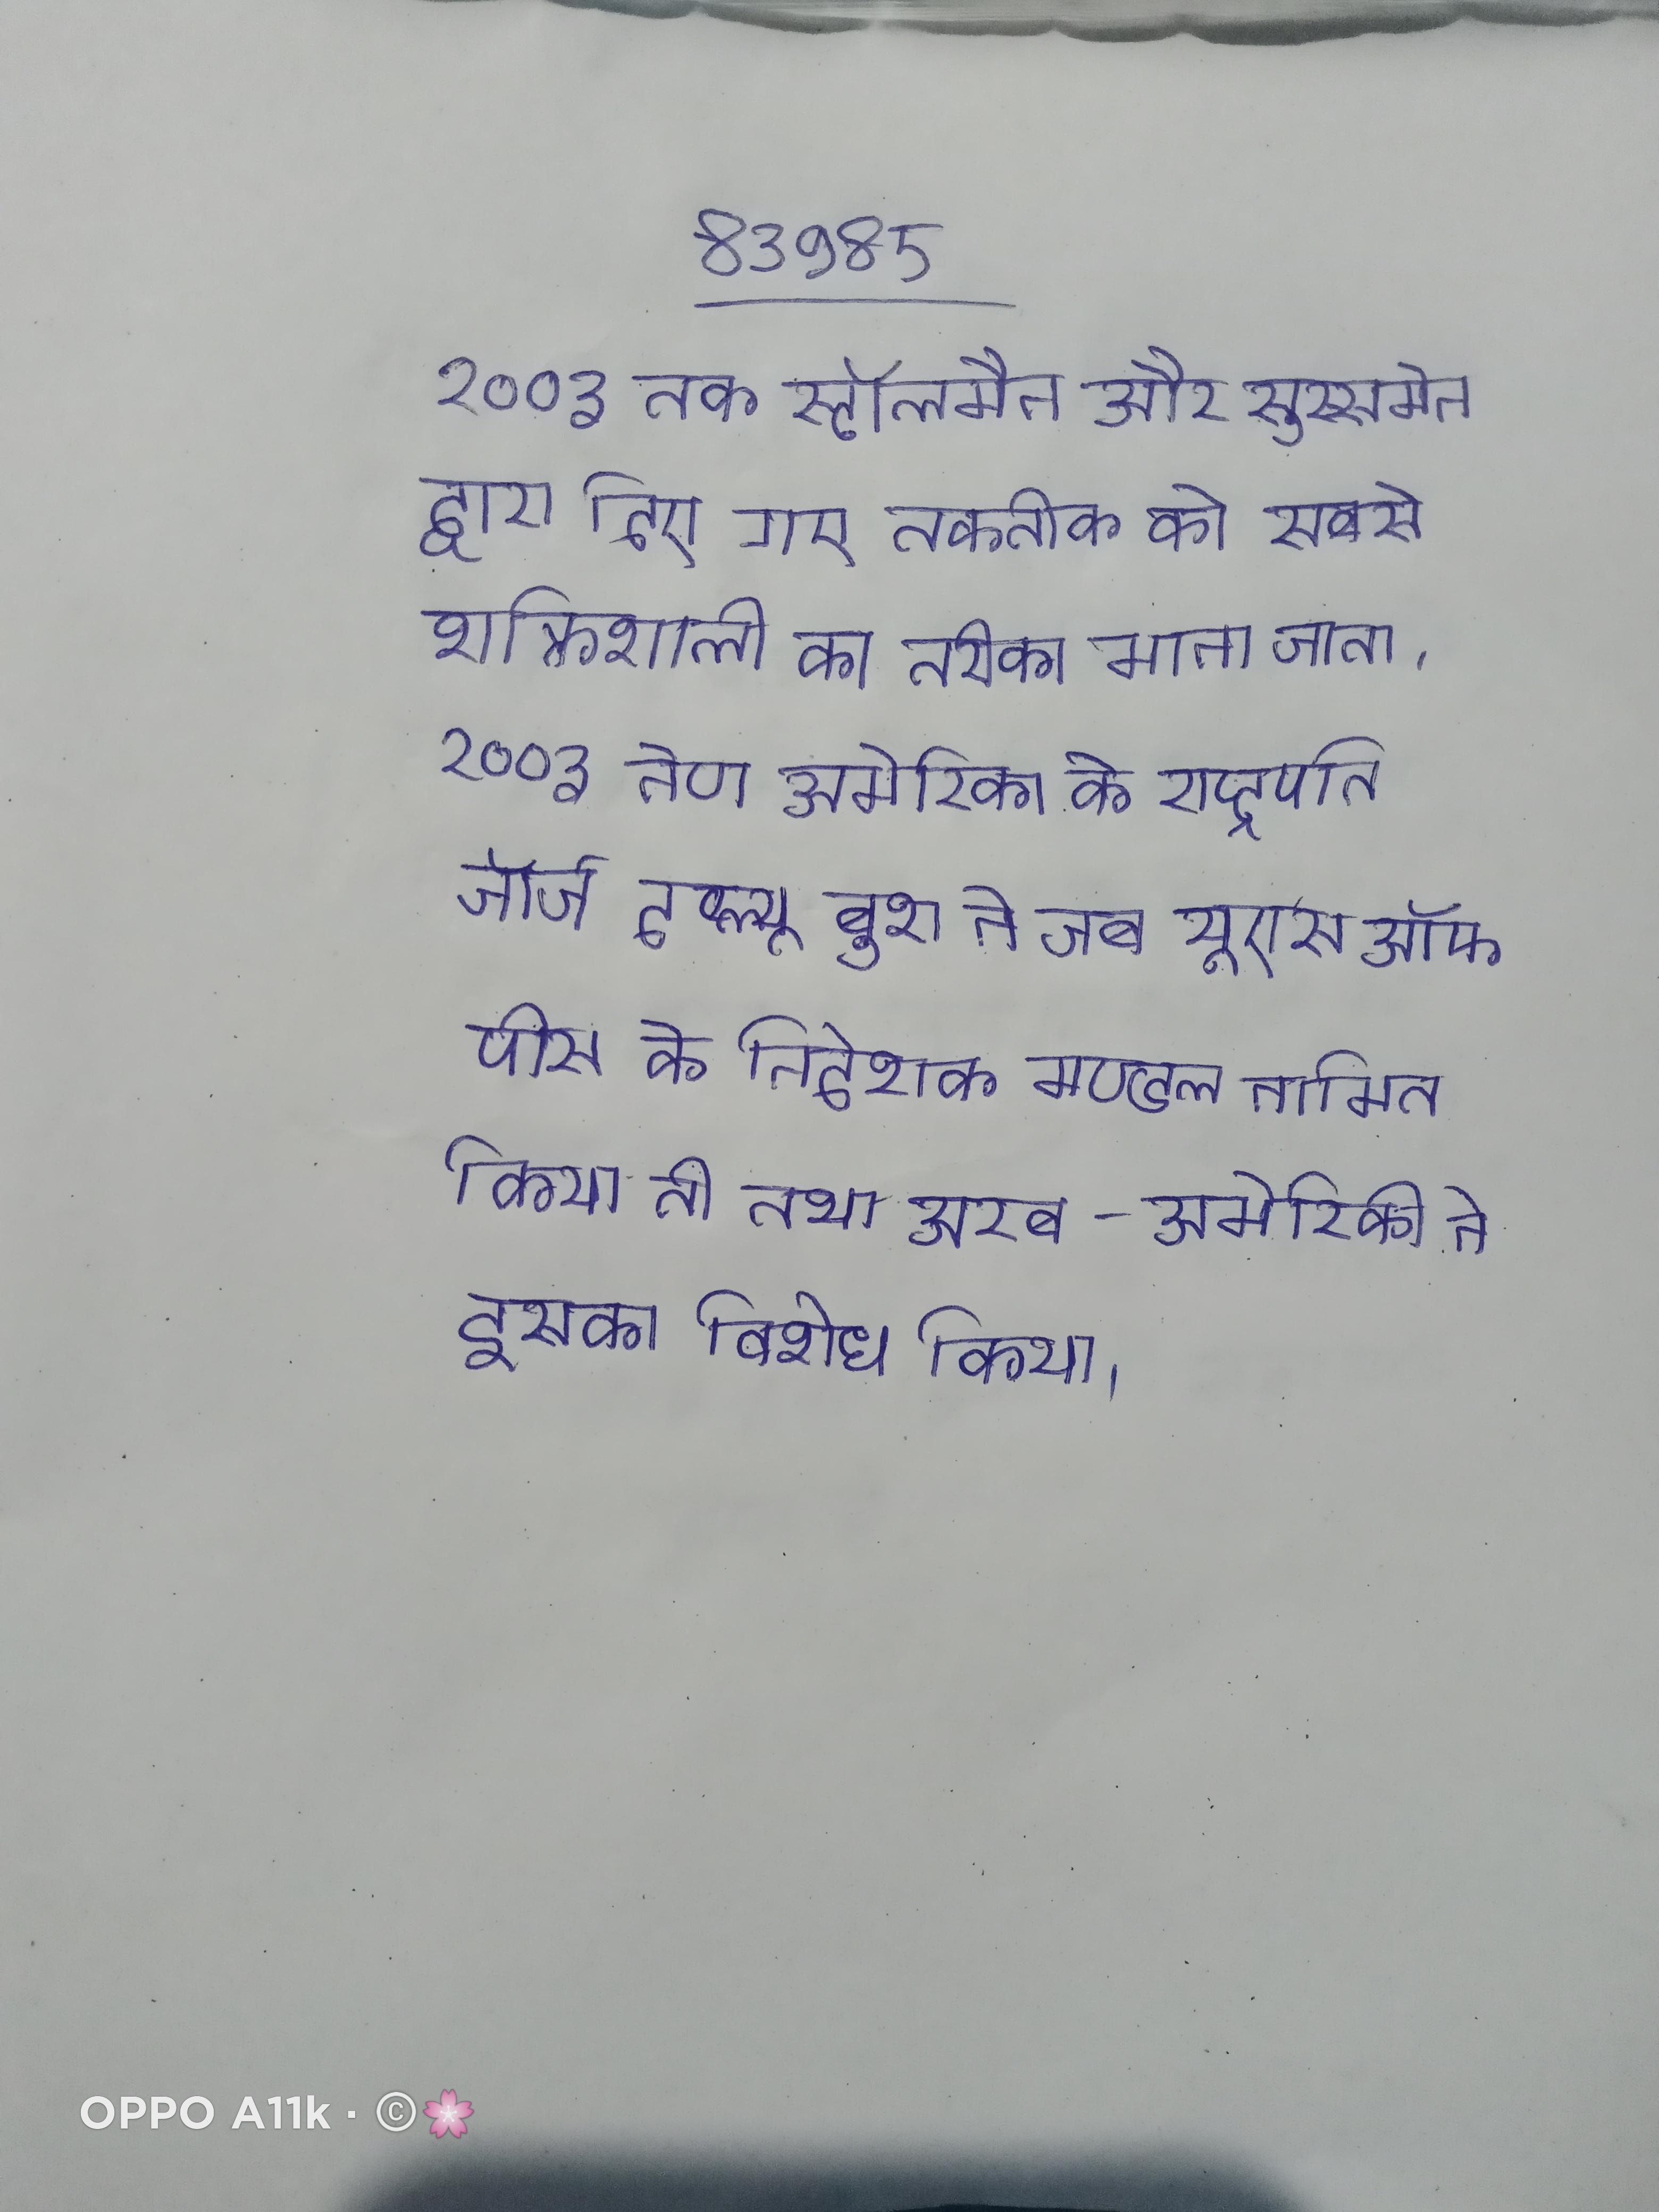
२००३ तक स्टॉलमैन और सुस्समेन द्वारा दिए गए तकनीक को सबसे शक्तिशाली का तरीका माना जाता । २००३ नेण अमेरिका के राष्ट्रपति जॉर्ज दब्ल्यू बुश ने जब यूएस ऑफ पीस के निदेशक-मण्डल नामित किया तो तथा अरब-अमेरिकी ने इसका विरोध किया ।